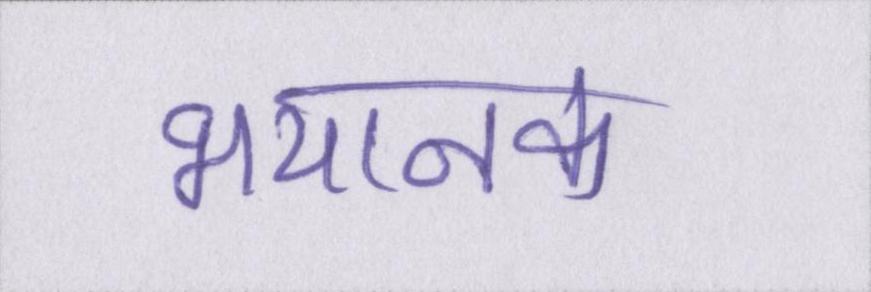
भयानक